Annual administration report of the Civil Veterinary Department of India - 1893-1894
Year: 1893
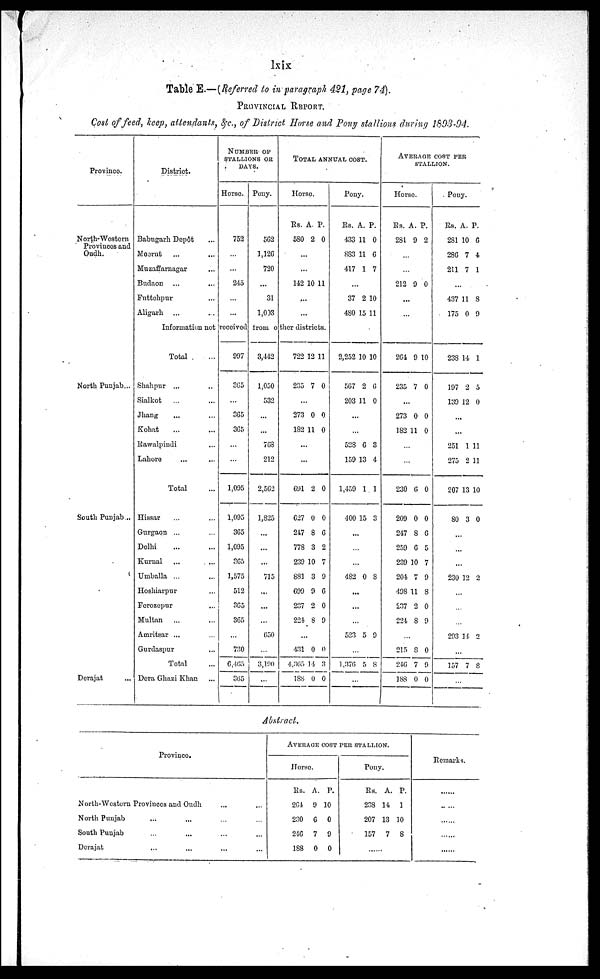
lxix
Table E.—(Referred to in paragraph 421, page 74).
Provincial Report.
Cost of feed, keep, attendants, &c., of District Horse and Pony stallions during 1803-94.
Province.
North-Western
Provinces and
Oudh.
North Punjab...
South Punjab...
Dorajat ...
District.
Babugarh Depôt ...
Meerut ... ...
Muzaffarnagar ...
Budaon ... ...
Futtohpur ...
Aligarh ... ...
NUMBER OF
STALLIONS OR
DAYS.
Horse.
752
...
245
...
...
Pony.
502
1,126
720
...
31
1,033
TOTAL ANNUAL COST.
Horse.
Rs.
580
A.
2
P.
0
...
...
142 10 11
...
...
Pony.
Rs.
433
883
417
...
37
480
A.
11
11
1
2
15
P.
0
6
7
10
11
AVERAGE COST PER
STALLION.
Horse.
Rs.
281
...
...
212
A.
9
9
P.
2
0
...
...
Pony.
Rs.
281
286
211
A.
10
7
7
P.
6
4
1
...
437
175
11
0
8
9
Information not received from other districts.
Total ...
Shahpur ... ...
Sialkot
... ...
Jhang ... ...
Kohat ... ...
Rawalpindi ...
Lahore ... ...
Total ...
Hissar ... ...
Gurgaon ... ...
Delhi ... ...
Kurnal ... ...
Umballa ... ...
Hoshiarpur ...
Ferozopur ... ...
Multan ... ...
Amritsar ... ...
Gurdaspur ...
Total ...
Dora Ghazi Khan ...
997
365
...
365
365
...
...
1,095
1,095
365
1,095
365
1,575
512
365
365
...
730
6,465
365
3,442
1,050
532
...
...
768
212
2,562
1,825
...
...
...
715
...
...
...
650
...
3,100
...
722
235
12
7
11
0
...
273
182
0
11
0
0
...
...
691
627
217
778
239
881
699
237
221
.
431
4,365
188
2
0
8
3
10
3
9
2
. 8
..
0
14
0
0
0
6
2
7
9
6
0
9
0
3
0
2,252
567
203
10
2
11
10
6
0
...
...
528
159
1,459
400
6
13
1
15
3
4
1
3
...
...
...
482 0
8
...
...
...
523
...
1,376
5 9
5 8
...
...
264
235
9
7
10
0
...
273
182
...
...
230
209
247
259
239
204
498
237
224
0
11
6
0
8
6
10
7
11
2
8
0
0
0
0
6
5
7
9
8
0
9
...
215
246
188
8
7
0
0
9
0
238
197
139
14
2
12
1
5
0
...
...
251
275
207
80
1
2
13
3
11
11
10
0
...
...
...
230 12 2
...
...
...
293 14
2
...
157 7 8
...
Abstract.
Province.
North-Western Provinces and Oudh ... ...
North Punjab ... ... ... ...
South Punjab ... ... ... ...
Derajat ... ... ... ...
AVERAGE COST PER STALLION.
Horse.
Rs.
264
230
216
188
A.
9
6
7
0
P.
10
0
9
0
Pony.
Rs.
238
207
157
A.
14
13
7
P.
1
10
8
......
Remarks.
......
......
......
......